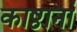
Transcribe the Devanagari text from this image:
काष्ठानां